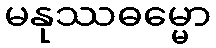
မနုဿဓမ္မော